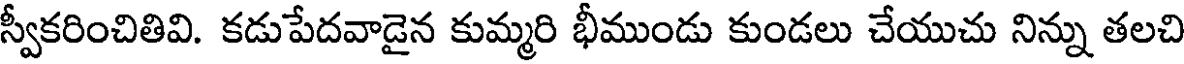
స్వీకరించితివి. కడుపేదవాడైన కుమ్మరి భీముండు కుండలు చేయుచు నిన్ను తలచి